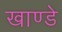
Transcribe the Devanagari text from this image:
खाण्डे